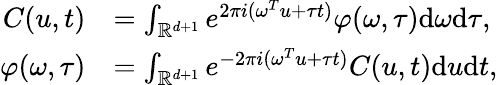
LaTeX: \begin{array}{rl}{C(u,t)}&{=\int_{\mathbb R^{d+1}}e^{2\pi i(\omega^{T}u+\tau t)}\varphi(\omega,\tau)\mathrm d\omega\mathrm d\tau,}\\ {\varphi(\omega,\tau)}&{=\int_{\mathbb R^{d+1}}e^{-2\pi i(\omega^{T}u+\tau t)}C(u,t)\mathrm du\mathrm dt,}\end{array}